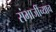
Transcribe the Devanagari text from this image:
संभाजींच्याच